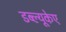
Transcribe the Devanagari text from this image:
डब्ल्यूकेए